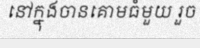
នៅក្នុងចានគោមធំមួយ រួច